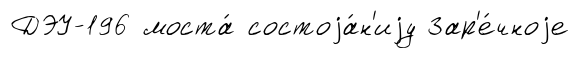
ДЭУ-196 моста́ состоjа́н'иjу Зар'е́чноjе